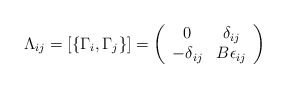
\begin{align*}\Lambda_{ij} = \left[\{\Gamma_i, \Gamma_j\}\right] = \left( \begin{array}{cc} 0 & \delta_{ij} \\ -\delta_{ij} & B\epsilon_{ij} \end{array} \right)\end{align*}